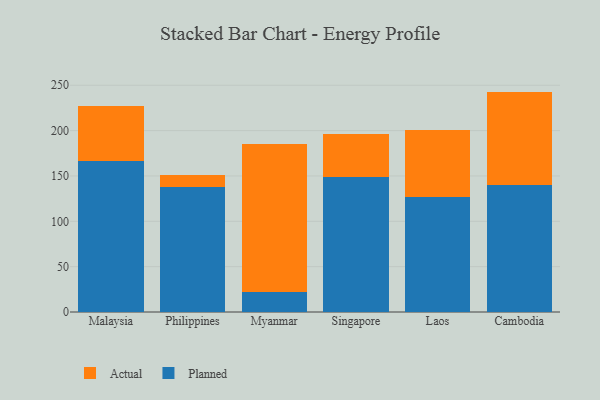
{"axis": {"x": "Country", "y": "Budget (USD K)"}, "legend": ["Actual", "Planned"], "data": [{"x": "Malaysia", "y": 166.1, "type": "Planned"}, {"x": "Malaysia", "y": 61.4, "type": "Actual"}, {"x": "Philippines", "y": 138.0, "type": "Planned"}, {"x": "Philippines", "y": 13.0, "type": "Actual"}, {"x": "Myanmar", "y": 22.6, "type": "Planned"}, {"x": "Myanmar", "y": 162.5, "type": "Actual"}, {"x": "Singapore", "y": 148.9, "type": "Planned"}, {"x": "Singapore", "y": 47.6, "type": "Actual"}, {"x": "Laos", "y": 126.4, "type": "Planned"}, {"x": "Laos", "y": 74.0, "type": "Actual"}, {"x": "Cambodia", "y": 139.6, "type": "Planned"}, {"x": "Cambodia", "y": 103.4, "type": "Actual"}]}